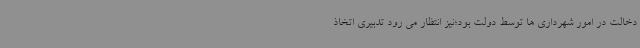
دخالت در امور شهرداری ها توسط دولت بود؛نیز انتظار می رود تدبیری اتخاذ